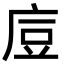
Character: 㢄